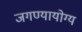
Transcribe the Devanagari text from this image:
जगण्यायोग्य